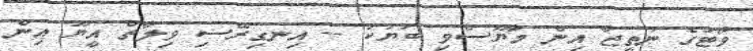
ވޯޓުގެ ނަތީޖާ އިން މާޔޫސްވި ބަޔަކު -- އިނގިރޭސި ވިލާތް އީޔޫ އިން